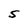
Character: 5